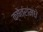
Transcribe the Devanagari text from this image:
क्षेत्रांमधे